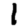
Digit: 1